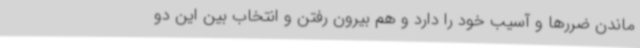
ماندن ضررها و آسیب خود را دارد و هم بیرون رفتن و انتخاب بین این دو